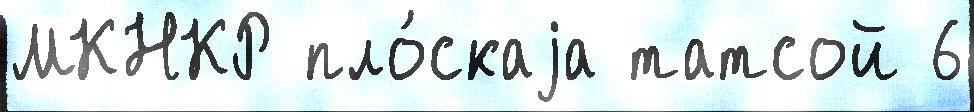
МКНКР пло́скаjа татсой 6